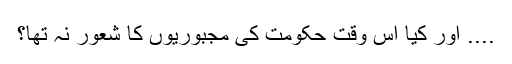
.... اور کیا اس وقت حکومت کی مجبوریوں کا شعور نہ تھا؟